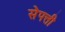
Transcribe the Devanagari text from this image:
स॓पत्ती